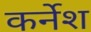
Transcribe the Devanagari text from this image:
कर्नेश